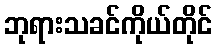
ဘုရားသခင်ကိုယ်တိုင်